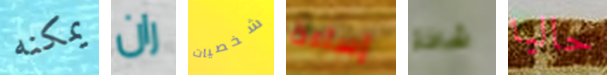
يمكنه ران شخصيات إساءة شاذة حاليا